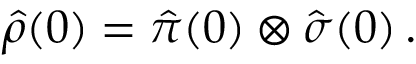
\hat { \rho } ( 0 ) = \hat { \pi } ( 0 ) \otimes \hat { \sigma } ( 0 ) \, .